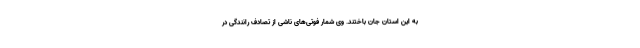
به این استان جان باختند. وی شمار فوتی‌های ناشی از تصادف رانندگی در